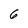
Character: 6